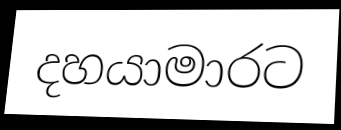
දහයාමාරට